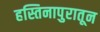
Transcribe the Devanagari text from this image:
हस्तिनापुरातून